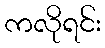
ကလိုရင်း